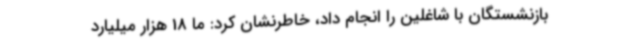
بازنشستگان با شاغلین را انجام داد، خاطرنشان کرد: ما 18 هزار میلیارد